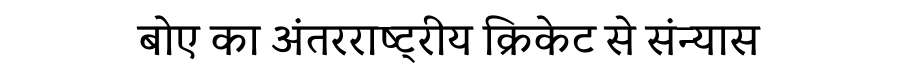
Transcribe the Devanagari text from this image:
बोए का अंतरराष्ट्रीय क्रिकेट से संन्यास